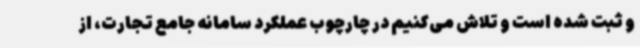
و ثبت شده است و تلاش می‌کنیم در چارچوب عملکرد سامانه جامع تجارت، از